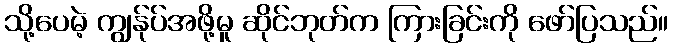
သို့ပေမဲ့ ကျွန်ုပ်အဖို့မူ ဆိုင်ဘုတ်က ကြားခြင်းကို ဖော်ပြသည်။